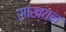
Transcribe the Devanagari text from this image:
सांख्यन